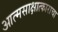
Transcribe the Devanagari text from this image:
आत्मसाक्षात्काराचा